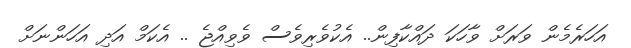
އަހަރެމެން ވަރަށް ވާހަކަ ދައްކާފިން.. އެކުވެރިވެސް ވެވިއްޖެ .. އެކަމް އަދި އަހަންނަށް